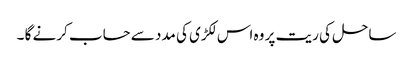
ساحل کی ریت پر وہ اس لکڑی کی مدد سے حساب کرنے گا ۔